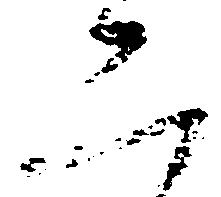
二